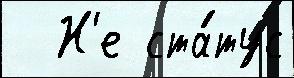
  Н'е ста́тус